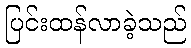
ပြင်းထန်လာခဲ့သည်